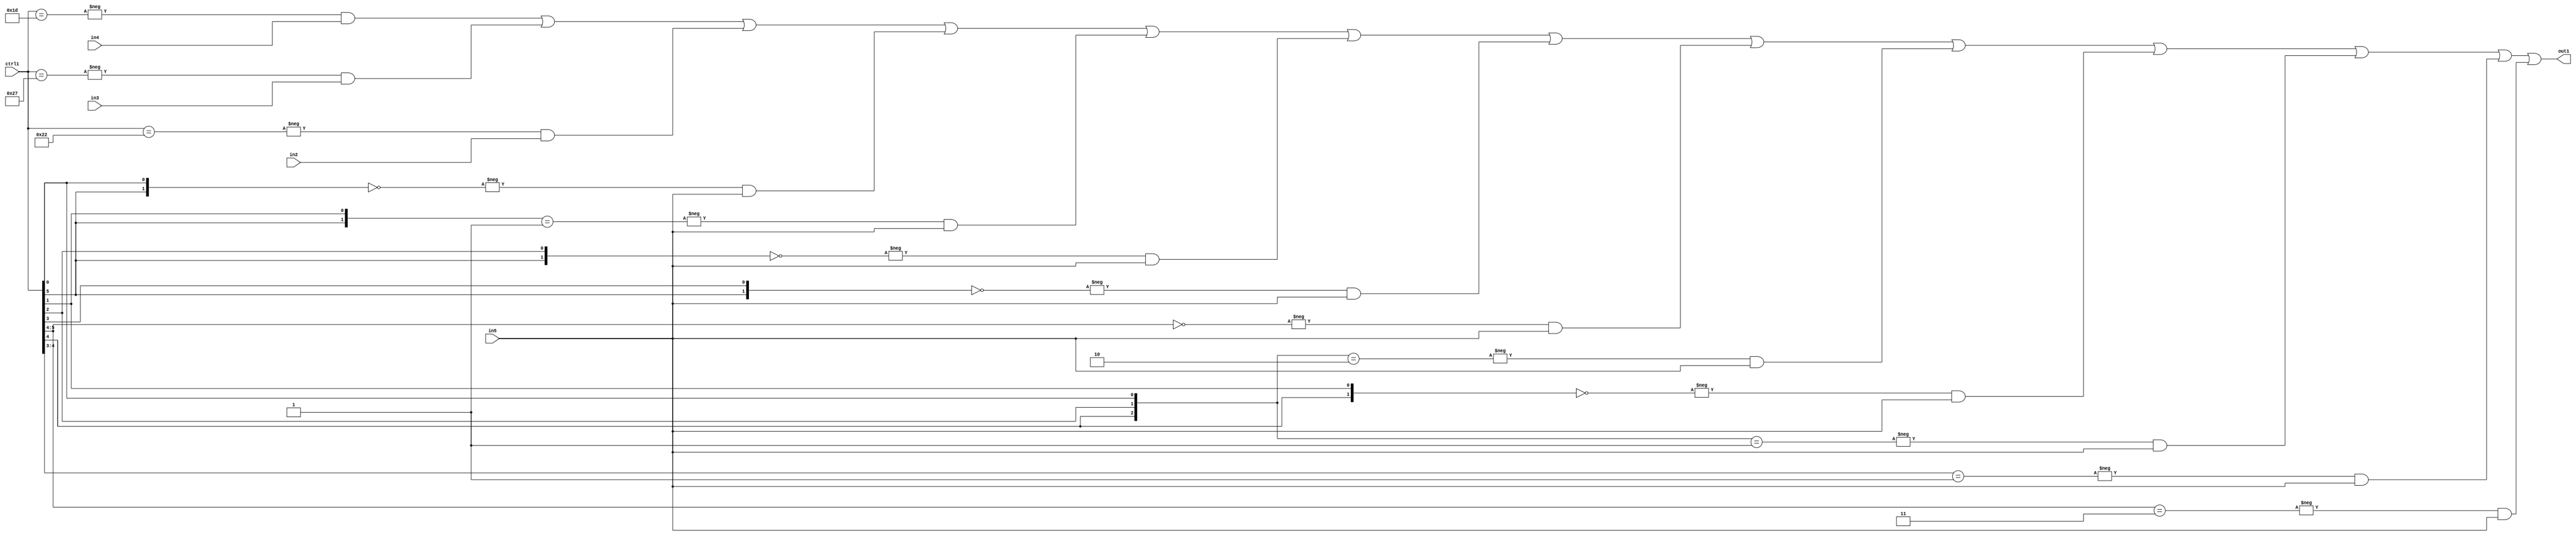
`timescale 1ps / 1ps
/*****************************************************************************
    Verilog RTL Description
    
    
    Created by: Stratus DpOpt 21.05.01 
*******************************************************************************/

module SobelFilter_N_Mux_32_4_41_4 (
	in5,
	in4,
	in3,
	in2,
	ctrl1,
	out1
	); /* architecture "behavioural" */ 
input [31:0] in5;
input [8:0] in4,
	in3,
	in2;
input [5:0] ctrl1;
output [31:0] out1;
wire [31:0] asc001;

assign asc001 = 
	-{ctrl1 == 6'B011101} & in4 |
	-{ctrl1 == 6'B100111} & in3 |
	-{ctrl1 == 6'B100010} & in2 |
	-{{ctrl1[5], ctrl1[0]} == 2'B00} & in5 |
	-{{ctrl1[5], ctrl1[1]} == 2'B01} & in5 |
	-{{ctrl1[5], ctrl1[2]} == 2'B00} & in5 |
	-{{ctrl1[5], ctrl1[3]} == 2'B00} & in5 |
	-{ctrl1[5:4] == 2'B00} & in5 |
	-{{ctrl1[4], ctrl1[2], ctrl1[0]} == 3'B010} & in5 |
	-{{ctrl1[4], ctrl1[1]} == 2'B00} & in5 |
	-{{ctrl1[4], ctrl1[2], ctrl1[0]} == 3'B001} & in5 |
	-{ctrl1[4:3] == 2'B01} & in5 |
	-{ctrl1[5:4] == 2'B11} & in5 ;

assign out1 = asc001;
endmodule

/* CADENCE  vLLzTQE= : u9/ySxbfrwZIxEzHVQQV8Q== ** DO NOT EDIT THIS LINE ******/